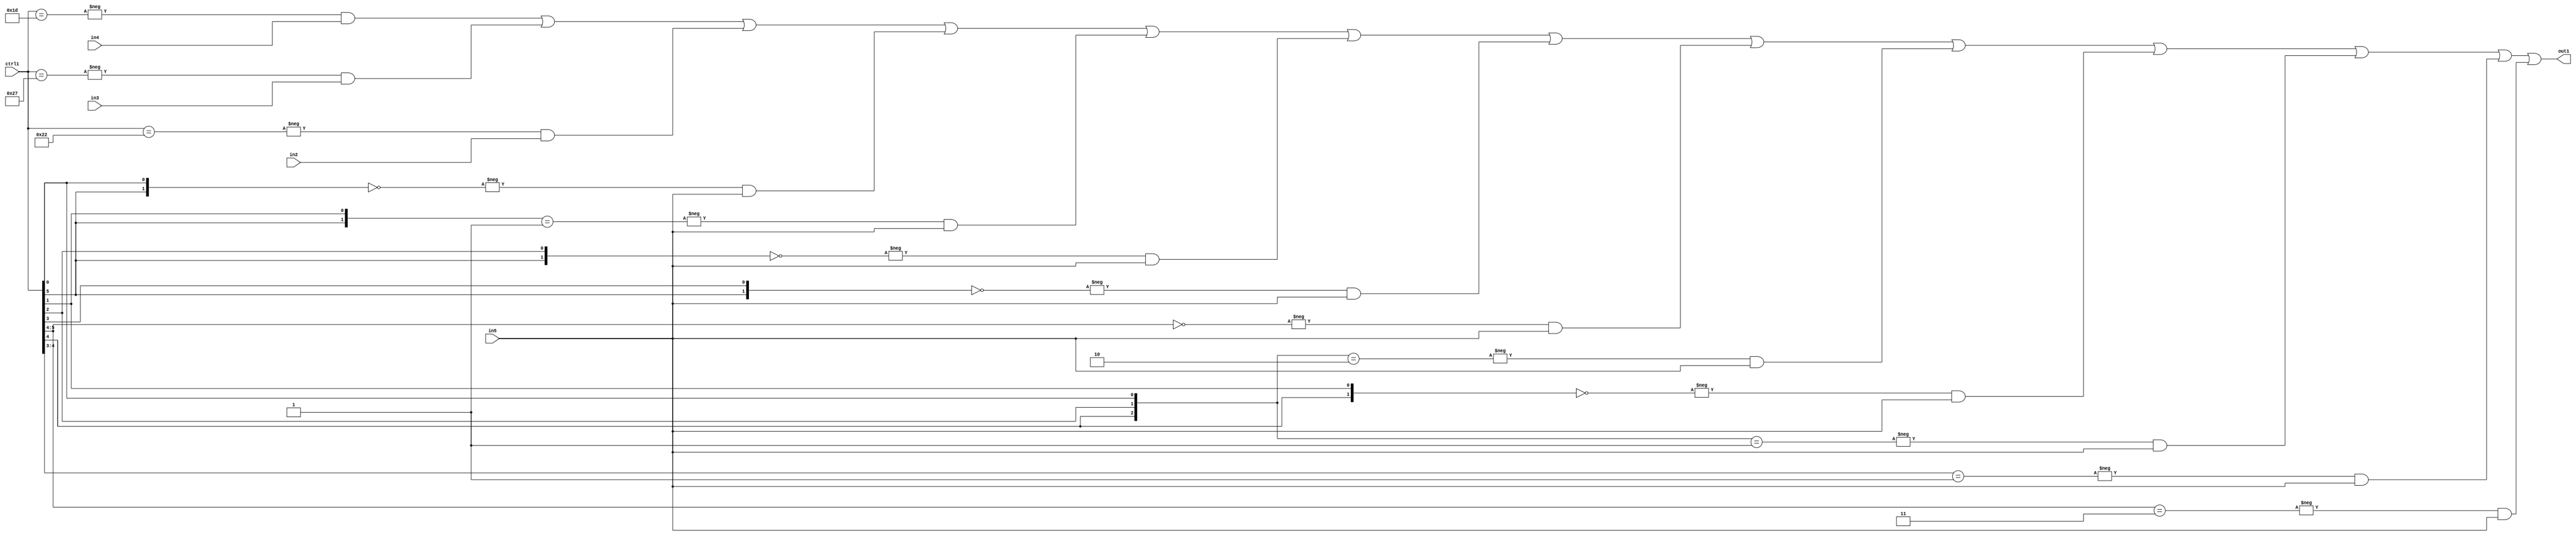
`timescale 1ps / 1ps
/*****************************************************************************
    Verilog RTL Description
    
    
    Created by: Stratus DpOpt 21.05.01 
*******************************************************************************/

module SobelFilter_N_Mux_32_4_41_4 (
	in5,
	in4,
	in3,
	in2,
	ctrl1,
	out1
	); /* architecture "behavioural" */ 
input [31:0] in5;
input [8:0] in4,
	in3,
	in2;
input [5:0] ctrl1;
output [31:0] out1;
wire [31:0] asc001;

assign asc001 = 
	-{ctrl1 == 6'B011101} & in4 |
	-{ctrl1 == 6'B100111} & in3 |
	-{ctrl1 == 6'B100010} & in2 |
	-{{ctrl1[5], ctrl1[0]} == 2'B00} & in5 |
	-{{ctrl1[5], ctrl1[1]} == 2'B01} & in5 |
	-{{ctrl1[5], ctrl1[2]} == 2'B00} & in5 |
	-{{ctrl1[5], ctrl1[3]} == 2'B00} & in5 |
	-{ctrl1[5:4] == 2'B00} & in5 |
	-{{ctrl1[4], ctrl1[2], ctrl1[0]} == 3'B010} & in5 |
	-{{ctrl1[4], ctrl1[1]} == 2'B00} & in5 |
	-{{ctrl1[4], ctrl1[2], ctrl1[0]} == 3'B001} & in5 |
	-{ctrl1[4:3] == 2'B01} & in5 |
	-{ctrl1[5:4] == 2'B11} & in5 ;

assign out1 = asc001;
endmodule

/* CADENCE  vLLzTQE= : u9/ySxbfrwZIxEzHVQQV8Q== ** DO NOT EDIT THIS LINE ******/